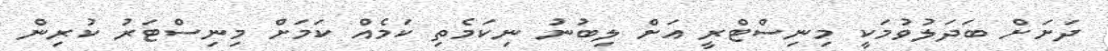
ދަށަށް ބަދަލުވުމަކީ މިނިސްޓްރީ އަށް ލިބުނު ނިކަމެތި ކަމެއް ކަމަށް މިނިސްޓަރު ކުރިން